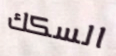
السكك